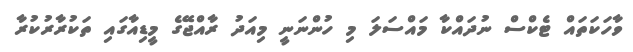
ވާހަކަތައް ޓެކްސް ނުދައްކާ މައްސަލަ މި ހުންނަނީ މިއަދު ރާއްޖޭގެ މީޑިއާގައި ތަކުރާރުކުރާ